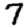
Digit: 7